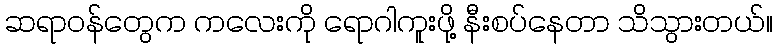
ဆရာဝန်တွေက ကလေးကို ရောဂါကူးဖို့ နီးစပ်နေတာ သိသွားတယ်။